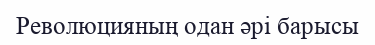
Революцияның одан әрі барысы